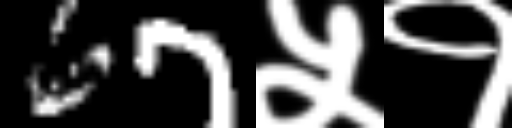
Text: 67५१